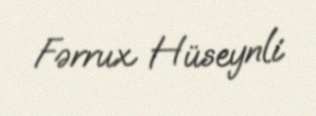
Fərrux Hüseynli